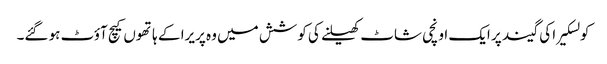
کولسکیرا کی گیند پر ایک اونچی شاٹ کھیلنے کی کوشش میں وہ پریرا کے ہاتھوں کیچ آؤٹ ہو گئے۔